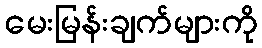
မေးမြန်းချက်များကို